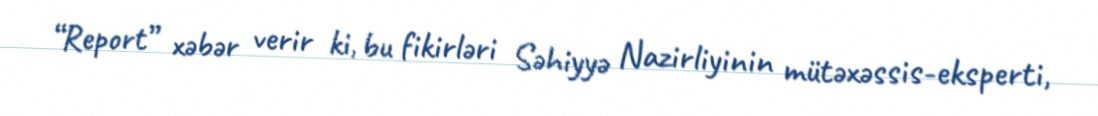
“Report” xəbər verir ki, bu fikirləri Səhiyyə Nazirliyinin mütəxəssis-eksperti,